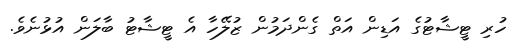
ހުރި ޓީޝާޓުގެ އަޑިން އަތް ގެންދަމުން ޒުލޭހާ އެ ޓީޝާޓު ބާލަން އުޅުނެވެ.